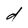
Character: d